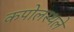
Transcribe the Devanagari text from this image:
कपोलस्थले